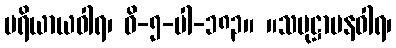
ပရိယာယဝါရ၊ ဝိ-၅-ပါ-၁၈၃။ ။သမုဋ္ဌာပနဝါရ၊